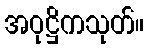
အဝုဋ္ဌိကသုတ်။